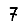
Digit: 7